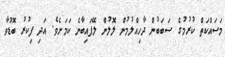
މަސައްކަތް ކުރުމުގެ ސަބަބުން ދާހިއްލުމުން ލޮލުން ލޭފައިބާނެ ކަމަށެވެ. އަދި ފިކުރު ބޮޑުވާ